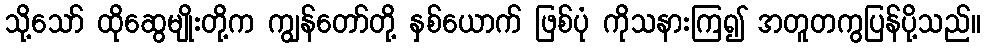
သို့သော် ထိုဆွေမျိုးတို့က ကျွန်တော်တို့ နှစ်ယောက် ဖြစ်ပုံ ကိုသနားကြ၍ အတူတကွပြန်ပို့သည်။